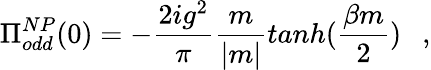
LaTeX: \Pi_{odd}^{NP}(0)=-\frac{2ig^{2}}{\pi}\frac{m}{|m|}tanh(\frac{\beta m}{2})~~~,